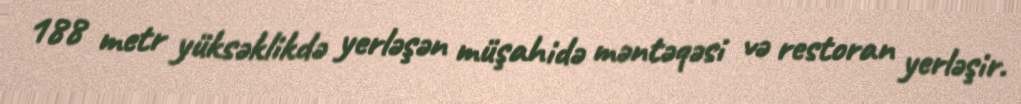
188 metr yüksəklikdə yerləşən müşahidə məntəqəsi və restoran yerləşir.